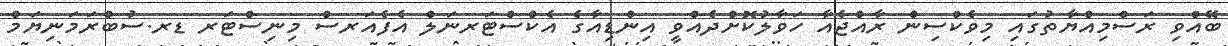
ބޭއްވި ރަސްމިއްޔާތުގައި މިވެކްސިން ރާއްޖެއާ ހަވާލުކޮށްދެއްވީ އިންޑިއާގެ އެކްސްޓަރނަލް އެފެއަރސް މިނިސްޓަރ ޑރ.ސުބްރަމަނިޔަމް